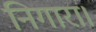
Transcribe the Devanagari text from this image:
निगारा।